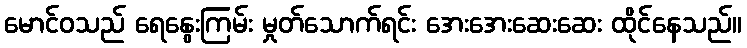
မောင်ဝသည် ရေနွေးကြမ်း မှုတ်သောက်ရင်း အေးအေးဆေးဆေး ထိုင်နေသည်။